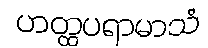
ဟတ္ထပရာမာသံ